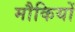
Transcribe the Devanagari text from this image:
मौकियों